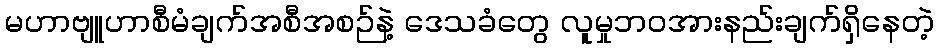
မဟာဗျူဟာစီမံချက်အစီအစဉ်နဲ့ ဒေသခံတွေ လူမှုဘဝအားနည်းချက်ရှိနေတဲ့